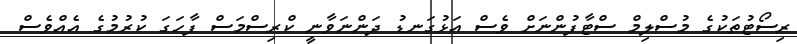
ރިސޯޓުތަކުގެ މުސްލިމް ސްޓާފުންނަށް ވެސް އަޅުގަނޑު ދަންނަވާނީ ކްރިސްމަސް ފާހަގަ ކުރުމުގެ އެއްވެސް